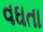
વઘતા